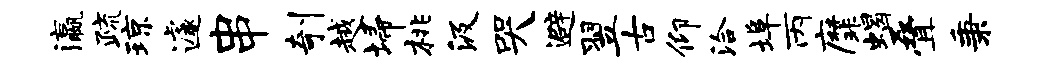
瀛疏琼遽串剞越埽桃汲哭避翌古仰洽埠丙縻蝎叠秉